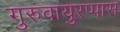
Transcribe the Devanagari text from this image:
गुरुवायुरप्पास